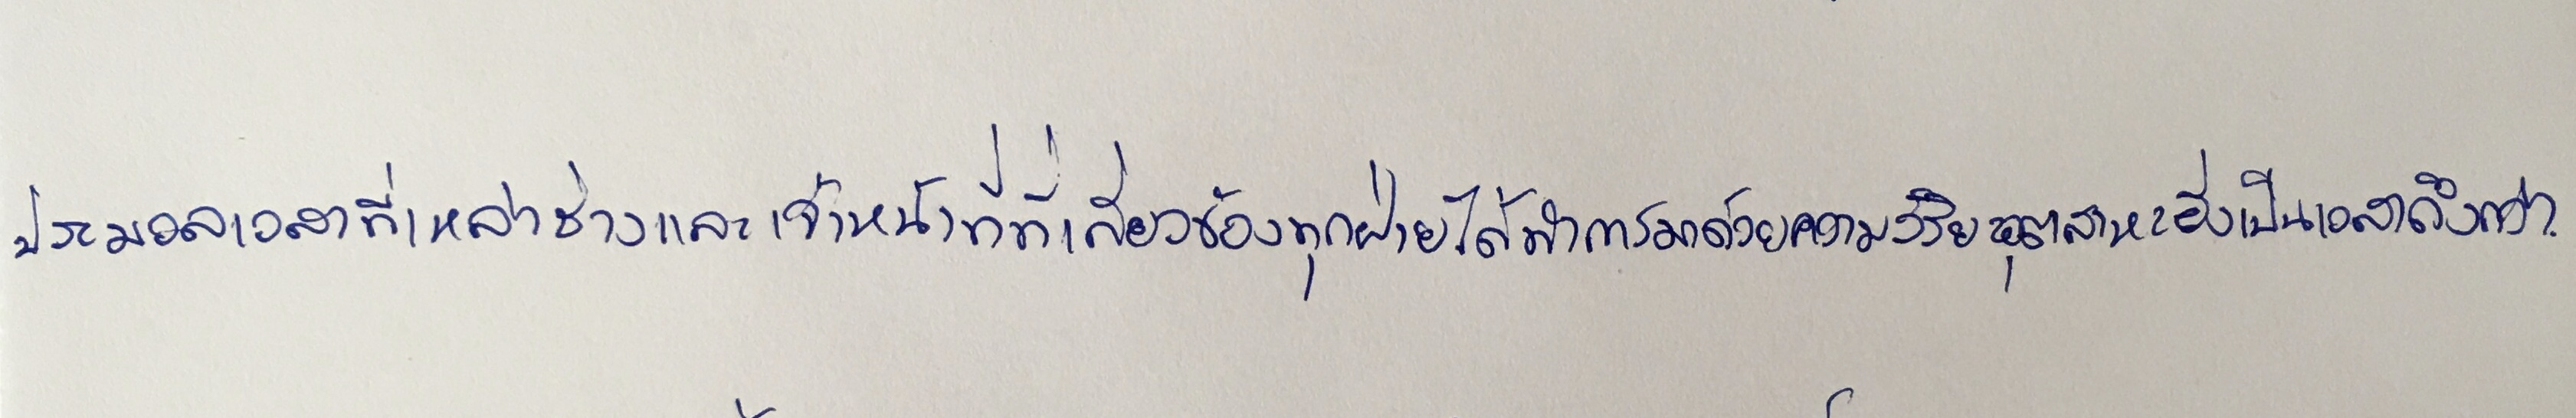
ประมวลเวลาที่เหล่าช่างและเจ้าหน้าที่ที่เกี่ยวข้องทุกฝ่ายได้ทำการมาด้วยความวิริยะอุตสาหะยิ่งเป็นเวลาถึงกว่า